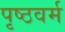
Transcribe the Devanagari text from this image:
पृष्ठवर्म